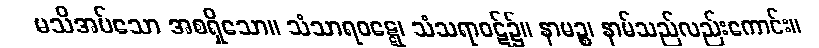
မသိအပ်သော အစရှိသော။ သံသာရဝဋ္ဋေ၊ သံသရာဝဋ်၌။ နာမဉ္စ၊ နာမ်သည်လည်းကောင်း။